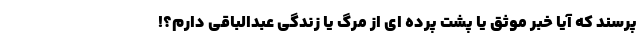
پرسند که آیا خبر موثق یا پشت پرده ای از مرگ یا زندگی عبدالباقی دارم؟!